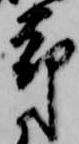
却